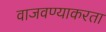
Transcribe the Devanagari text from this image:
वाजवण्याकरता